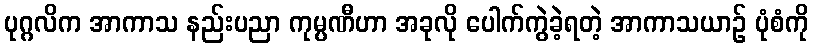
ပုဂ္ဂလိက အာကာသ နည်းပညာ ကုမ္ပဏီဟာ အခုလို ပေါက်ကွဲခဲ့ရတဲ့ အာကာသယာဉ် ပုံစံကို